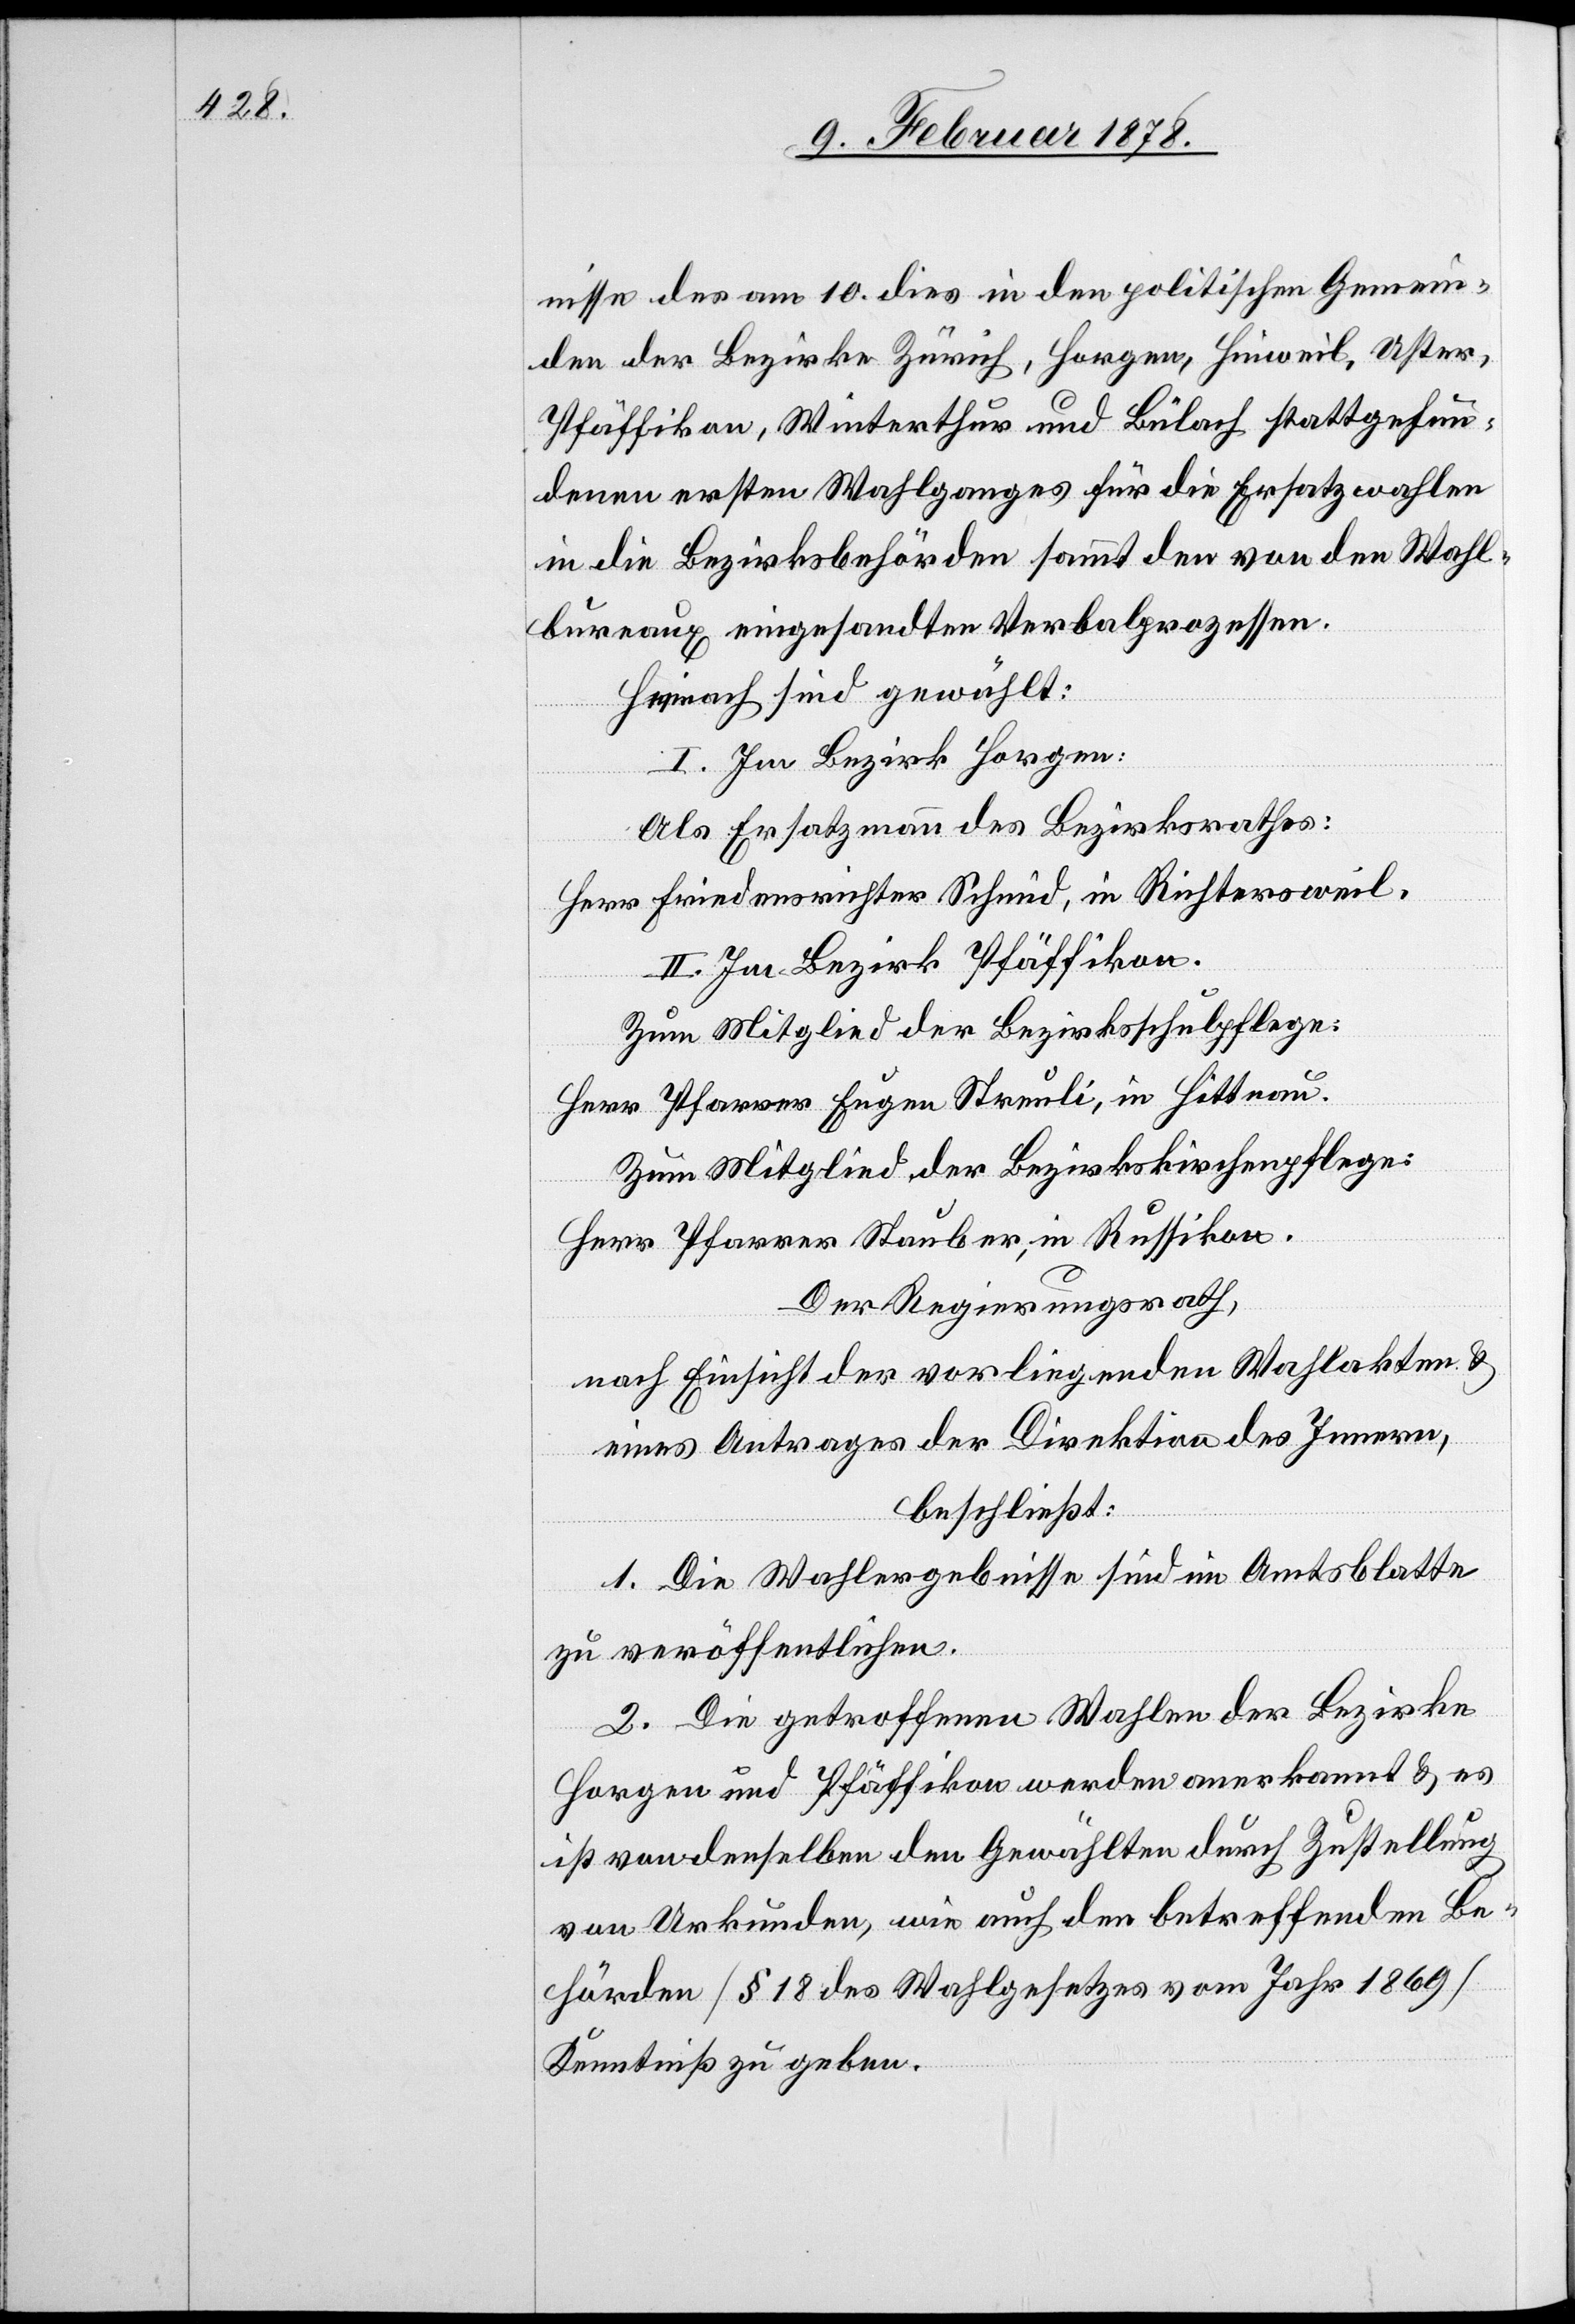
nisse des am 10. dies in den politischen Gemein¬
den der Bezirke Zürich, Horgen, Hinweil, Uster,
Pfäffikon, Winterthur und Bülach stattgefun¬
denen ersten Wahlganges für die Ersatzwahlen
in die Bezirksbehörden sammt der von den Wahl¬
bureaux eingesandten Verbalprozessen.
Hienach sind gewählt:
I. Im Bezirk Horgen:
Als Ersatzmann des Bezirksrathes:
Herr Friedensrichter Schmid, in Richtersweil.
II. Im Bezirk Pfäffikon.
Zum Mitglied der Bezirksschulpflege:
Herr Pfarrer Eugen Streuli, in Hittnau.
Zum Mitglied der Bezirkskirchenpflege:
Herr Pfarrer Stauber, in Russikon.
Der Regierungsrath,
eines Antrages der Direktion des Innern,
beschließt:
1. Die Wahlergebnisse sind im Amtsblatte
zu veröffentlichen.
2. Die getroffenen Wahlen der Bezirke
Horgen und Pfäffikon werden anerkannt & es
ist von denselben den Gewählten durch Zustellung
von Urkunden, wie auch den betreffenden Be¬
hörden (§ 18 des Wahlgesetzes vom Jahr 1869)
Kenntniß zu geben.